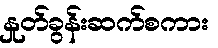
နှုတ်ခွန်းဆက်စကား